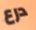
درع